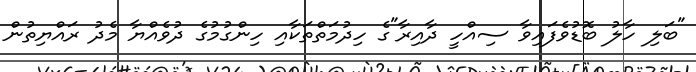
"ބަލި ހާލު ބޮޑުވެފައިވާ ސިއްހީ ދާއިރާ"ގެ ހިދުމަތްތަކާއި ހިންގުމުގެ ދުވެއްޔާ މެދު ރައްޔިތުން